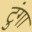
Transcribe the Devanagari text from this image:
टुंगा